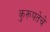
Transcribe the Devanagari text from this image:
कुरूपतेचे